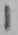
Text: 1